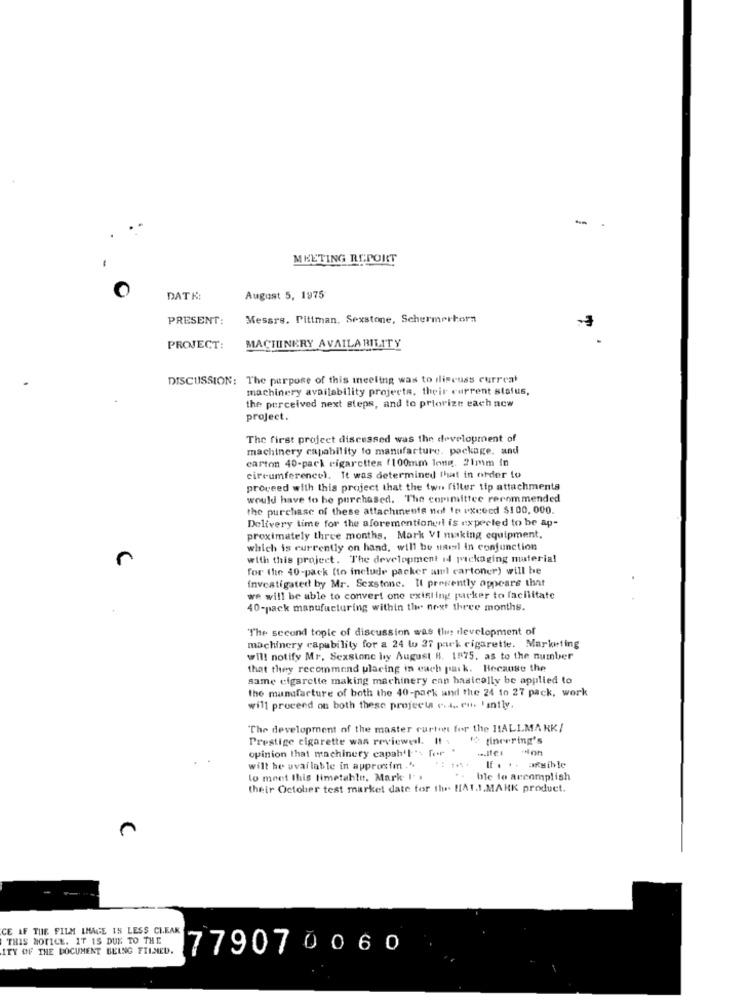
-
.
MEETING REPORT
DATE:
August 5, 1975
PRESENT:
Messrs. Pittman. Sexstone, Schermerhorn
PROJECT:
MACHINERY AVAILABILITY
DISCUSSION: The purpose of this meeting was to discuss current
machinery availability projects, their current status,
the perceived next steps, and to priorize each new
project.
The first project discussed was the development of
machinery capability to manufacture, package. and
carton 40-pack cigarettes (100mm long. 21mm in
circumferencel. It was determined that in order to
proceed with this project that the two filler tip attachments
would have to be purchased. The committee recommended
the purchase of these attachments not to exceed $100, 000.
Delivery time for the aforementioned! is expected to be ap-
proximately three months. Mork VI making equipment,
which is currently on hand, will be usisl in conjunction
r
with this project. The development id packaging material
for the 40-pack (to include packer aml cartoner) will be
investigated by Mr. Sexstone. It presently appears that
we will be able to convert one existing packer to facilitate
40-pack manufacturing within the next three months.
The second topic of discussion was the development of
machinery capability for a 24 w 37 park cigarette. Marketing
will notify Mr. Sexstone hy August 8. 1875. as to the number
that they recommend placing in each park. Because the
same cigarette making machinery cnn basically be applied to
the manufacture of both the 40-pack and the 24 to 27 pack, work
will proceed on both these projects . 4 .. en 'antly.
"The development of the master curtin for the HALLMARK/
Prestige cigarette was reviewedl. If .
I gineering's
opinion that machinery capah'l" for "
will be uvailable in approxim ."
..
If . .. afsible
lo meet this timetable, Mark I'
ble to accomplish
their October test market date for the HAT.1.MARK product.
C
-
CE AF THE FILM IMAGE IS LESS CLEAR
THIS NOTICE. IT IS DUE TO THE
ITY OF THE DOCUMENT BEING FILMED.
779070060